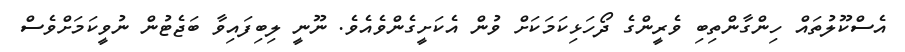
އެސްކޫލުތައް ހިންގާންތިބި ވެރީންގެ ދޯހަޅިކަމަކަށް ވުން އެކަށީގެންވެއެވެ. ނޫނީ ލިބިފައިވާ ބަޖެޓުން ނުވީކަމަށްވެސް